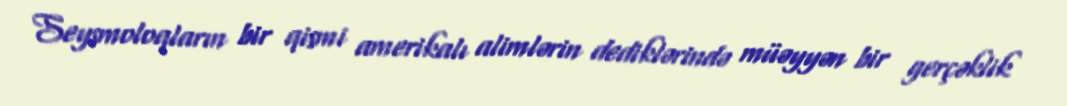
Seysmoloqların bir qismi amerikalı alimlərin dediklərində müəyyən bir gerçəklik